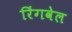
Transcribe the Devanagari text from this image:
रिंगवेल